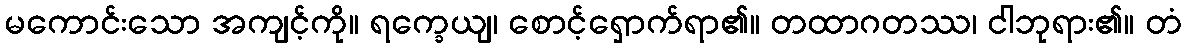
မကောင်းသော အကျင့်ကို။ ရက္ခေယျ၊ စောင့်ရှောက်ရာ၏။ တထာဂတဿ၊ ငါဘုရား၏။ တံ